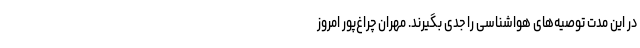
در این مدت توصیه‌های هواشناسی را جدی بگیرند. مهران چراغ‌پور امروز